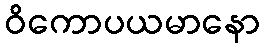
ဝိကောပယမာနော